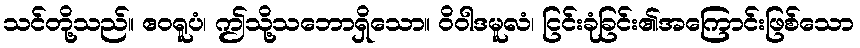
သင်တို့သည်။ ဧဝရူပံ၊ ဤသို့သဘောရှိသော။ ဝိဝါဒမူလံ၊ ငြင်းခုံခြင်း၏အကြောင်းဖြစ်သော